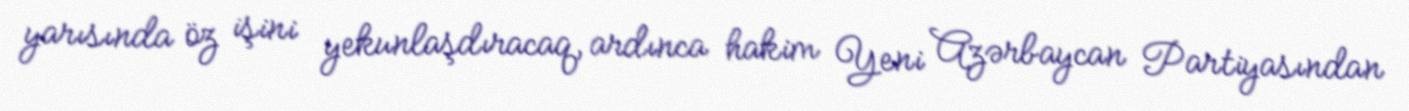
yarısında öz işini yekunlaşdıracaq, ardınca hakim Yeni Azərbaycan Partiyasından